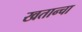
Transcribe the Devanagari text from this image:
खतान्चा